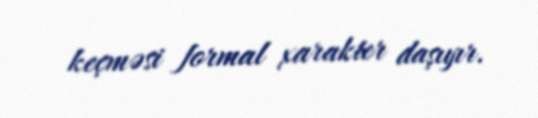
keçməsi formal xarakter daşıyır.